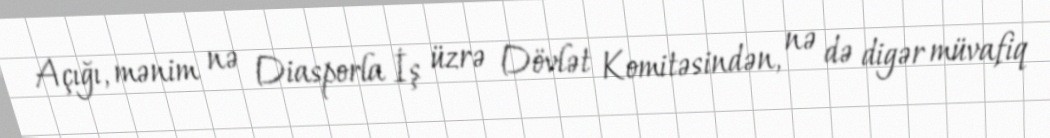
Açığı, mənim nə Diasporla İş üzrə Dövlət Komitəsindən, nə də digər müvafiq